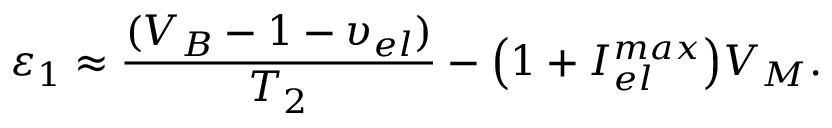
{ { \varepsilon _ { 1 } } } \approx { \frac { ( V _ { B } - 1 - { { \upsilon } _ { e l } } ) } { T _ { 2 } } } - { \left( 1 + I _ { e l } ^ { m a x } \right) } V _ { M } .